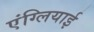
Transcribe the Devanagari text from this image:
एंग्लियाई